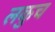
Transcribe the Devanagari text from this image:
लकुच